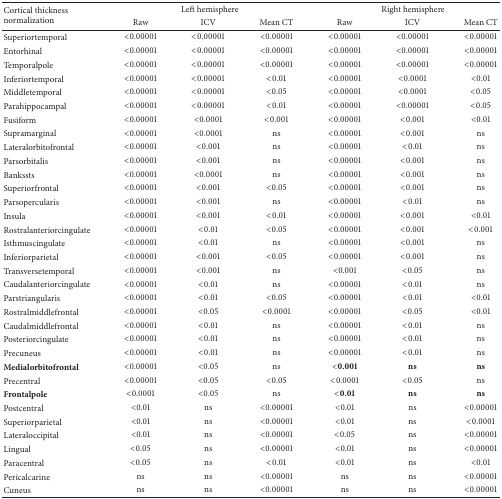
<table><thead><tr><td rowspan="2"><b>Cortical thickness normalization</b></td><td colspan="3"><b>Left hemisphere</b></td><td colspan="3"><b>Right hemisphere</b></td></tr><tr><td><b>Raw</b></td><td><b>ICV</b></td><td><b>Mean CT</b></td><td><b>Raw</b></td><td><b>ICV</b></td><td><b>Mean CT</b></td></tr></thead><tbody><tr><td>Superiortemporal</td><td>&lt;0.00001</td><td>&lt;0.00001</td><td>&lt;0.00001</td><td>&lt;0.00001</td><td>&lt;0.00001</td><td>&lt;0.00001</td></tr><tr><td>Entorhinal</td><td>&lt;0.00001</td><td>&lt;0.00001</td><td>&lt;0.00001</td><td>&lt;0.00001</td><td>&lt;0.00001</td><td>&lt;0.00001</td></tr><tr><td>Temporalpole</td><td>&lt;0.00001</td><td>&lt;0.00001</td><td>&lt;0.00001</td><td>&lt;0.00001</td><td>&lt;0.00001</td><td>&lt;0.00001</td></tr><tr><td>Inferiortemporal</td><td>&lt;0.00001</td><td>&lt;0.00001</td><td>&lt;0.01</td><td>&lt;0.00001</td><td>&lt;0.0001</td><td>&lt;0.01</td></tr><tr><td>Middletemporal</td><td>&lt;0.00001</td><td>&lt;0.00001</td><td>&lt;0.05</td><td>&lt;0.00001</td><td>&lt;0.0001</td><td>&lt;0.05</td></tr><tr><td>Parahippocampal</td><td>&lt;0.00001</td><td>&lt;0.00001</td><td>&lt;0.01</td><td>&lt;0.00001</td><td>&lt;0.00001</td><td>&lt;0.05</td></tr><tr><td>Fusiform</td><td>&lt;0.00001</td><td>&lt;0.0001</td><td>&lt;0.001</td><td>&lt;0.00001</td><td>&lt;0.001</td><td>&lt;0.01</td></tr><tr><td>Supramarginal</td><td>&lt;0.00001</td><td>&lt;0.0001</td><td>ns</td><td>&lt;0.00001</td><td>&lt;0.001</td><td>ns</td></tr><tr><td>Lateralorbitofrontal</td><td>&lt;0.00001</td><td>&lt;0.001</td><td>ns</td><td>&lt;0.00001</td><td>&lt;0.01</td><td>ns</td></tr><tr><td>Parsorbitalis</td><td>&lt;0.00001</td><td>&lt;0.001</td><td>ns</td><td>&lt;0.00001</td><td>&lt;0.001</td><td>ns</td></tr><tr><td>Bankssts</td><td>&lt;0.00001</td><td>&lt;0.0001</td><td>ns</td><td>&lt;0.00001</td><td>&lt;0.001</td><td>ns</td></tr><tr><td>Superiorfrontal</td><td>&lt;0.00001</td><td>&lt;0.001</td><td>&lt;0.05</td><td>&lt;0.00001</td><td>&lt;0.001</td><td>ns</td></tr><tr><td>Parsopercularis</td><td>&lt;0.00001</td><td>&lt;0.001</td><td>ns</td><td>&lt;0.00001</td><td>&lt;0.01</td><td>ns</td></tr><tr><td>Insula</td><td>&lt;0.00001</td><td>&lt;0.001</td><td>&lt;0.01</td><td>&lt;0.00001</td><td>&lt;0.001</td><td>&lt;0.01</td></tr><tr><td>Rostralanteriorcingulate</td><td>&lt;0.00001</td><td>&lt;0.01</td><td>&lt;0.05</td><td>&lt;0.00001</td><td>&lt;0.001</td><td>&lt;0.001</td></tr><tr><td>Isthmuscingulate</td><td>&lt;0.00001</td><td>&lt;0.01</td><td>ns</td><td>&lt;0.00001</td><td>&lt;0.001</td><td>ns</td></tr><tr><td>Inferiorparietal</td><td>&lt;0.00001</td><td>&lt;0.001</td><td>&lt;0.05</td><td>&lt;0.00001</td><td>&lt;0.001</td><td>ns</td></tr><tr><td>Transversetemporal</td><td>&lt;0.00001</td><td>&lt;0.001</td><td>ns</td><td>&lt;0.001</td><td>&lt;0.05</td><td>ns</td></tr><tr><td>Caudalanteriorcingulate</td><td>&lt;0.00001</td><td>&lt;0.01</td><td>ns</td><td>&lt;0.00001</td><td>&lt;0.01</td><td>ns</td></tr><tr><td>Parstriangularis</td><td>&lt;0.00001</td><td>&lt;0.01</td><td>&lt;0.05</td><td>&lt;0.00001</td><td>&lt;0.01</td><td>&lt;0.01</td></tr><tr><td>Rostralmiddlefrontal</td><td>&lt;0.00001</td><td>&lt;0.05</td><td>&lt;0.0001</td><td>&lt;0.00001</td><td>&lt;0.05</td><td>&lt;0.01</td></tr><tr><td>Caudalmiddlefrontal</td><td>&lt;0.00001</td><td>&lt;0.01</td><td>ns</td><td>&lt;0.00001</td><td>&lt;0.01</td><td>ns</td></tr><tr><td>Posteriorcingulate</td><td>&lt;0.00001</td><td>&lt;0.01</td><td>ns</td><td>&lt;0.00001</td><td>&lt;0.01</td><td>ns</td></tr><tr><td>Precuneus</td><td>&lt;0.00001</td><td>&lt;0.01</td><td>ns</td><td>&lt;0.00001</td><td>&lt;0.01</td><td>ns</td></tr><tr><td><b>Medialorbitofrontal</b></td><td>&lt;0.00001</td><td>&lt;0.05</td><td>ns</td><td><b>&lt;0.001</b></td><td><b>ns</b></td><td><b>ns</b></td></tr><tr><td>Precentral</td><td>&lt;0.00001</td><td>&lt;0.05</td><td>&lt;0.05</td><td>&lt;0.0001</td><td>&lt;0.05</td><td>ns</td></tr><tr><td><b>Frontalpole</b></td><td>&lt;0.0001</td><td>&lt;0.05</td><td>ns</td><td><b>&lt;0.01</b></td><td><b>ns</b></td><td><b>ns</b></td></tr><tr><td>Postcentral</td><td>&lt;0.01</td><td>ns</td><td>&lt;0.00001</td><td>&lt;0.01</td><td>ns</td><td>&lt;0.00001</td></tr><tr><td>Superiorparietal</td><td>&lt;0.01</td><td>ns</td><td>&lt;0.00001</td><td>&lt;0.01</td><td>ns</td><td>&lt;0.0001</td></tr><tr><td>Lateraloccipital</td><td>&lt;0.01</td><td>ns</td><td>&lt;0.00001</td><td>&lt;0.05</td><td>ns</td><td>&lt;0.00001</td></tr><tr><td>Lingual</td><td>&lt;0.05</td><td>ns</td><td>&lt;0.00001</td><td>&lt;0.01</td><td>ns</td><td>&lt;0.00001</td></tr><tr><td>Paracentral</td><td>&lt;0.05</td><td>ns</td><td>&lt;0.01</td><td>&lt;0.01</td><td>ns</td><td>&lt;0.01</td></tr><tr><td>Pericalcarine</td><td>ns</td><td>ns</td><td>&lt;0.00001</td><td>ns</td><td>ns</td><td>&lt;0.00001</td></tr><tr><td>Cuneus</td><td>ns</td><td>ns</td><td>&lt;0.00001</td><td>ns</td><td>ns</td><td>&lt;0.00001</td></tr></tbody></table>